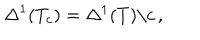
LaTeX: \Delta ^ { 1 } ( T _ { c } ) = \Delta ^ { 1 } ( T ) \backslash c \, ,